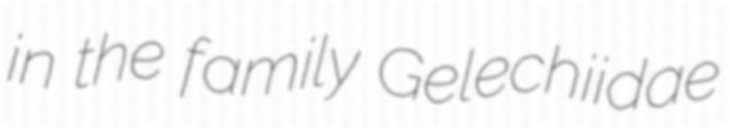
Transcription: in the family Gelechiidae